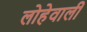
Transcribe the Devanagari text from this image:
लोहेवाली